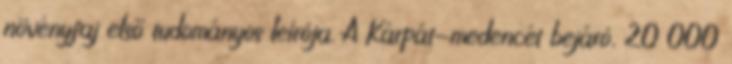
növényfaj első tudományos leírója. A Kárpát-medencét bejáró, 20 000